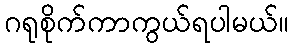
ဂရုစိုက်ကာကွယ်ရပါမယ်။